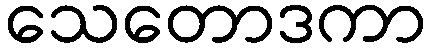
သေတောဒကာ